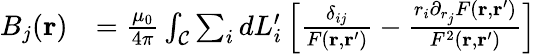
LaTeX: \begin{array}{rl}{B_{j}(\mathbf{r})}&{=\frac{\mu_{0}}{4\pi}\int_{\mathcal{C}}\sum_{i}dL_{i}^{\prime}\left[\frac{\delta_{ij}}{F(\mathbf{r},\mathbf{r}^{\prime})}-\frac{r_{i}\partial_{r_{j}}F(\mathbf{r},\mathbf{r}^{\prime})}{F^{2}(\mathbf{r},\mathbf{r}^{\prime})}\right]}\end{array}